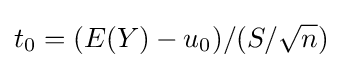
t_{0}={(E(Y)-u_{0})}/{(S/{\sqrt {n}})}